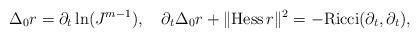
LaTeX: \begin{align*}\Delta_0 r=\partial_t\ln(J^{m-1}),\quad\partial_t\Delta_0 r +\|\mathrm{Hess}\, r\|^2=-\mathrm{Ricci}(\partial_t,\partial_t),\end{align*}